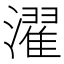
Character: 濯